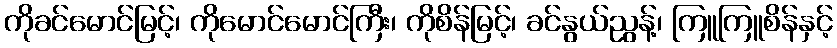
ကိုခင်မောင်မြင့်၊ ကိုမောင်မောင်ကြီး၊ ကိုစိန်မြင့်၊ ခင်နွယ်ညွန့်၊ ကြူကြူစိန်နှင့်